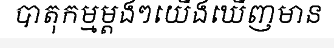
បាតុកម្មម្តងៗយើងឃើញមាន